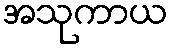
အသုကာယ